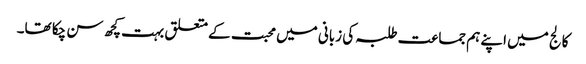
کالج میں اپنے ہم جماعت طلبہ کی زبانی میں محبت کے متعلق بہت کچھ سن چکا تھا۔